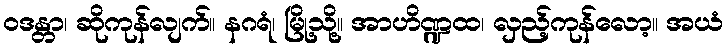
ဝဒန္တာ၊ ဆိုကုန်လျက်။ နဂရံ၊ မြို့သို့။ အာဟိဏ္ဍထ၊ လှည့်ကုန်လော့။ အယံ